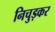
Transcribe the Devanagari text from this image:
निचुड़कर